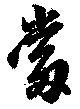
当